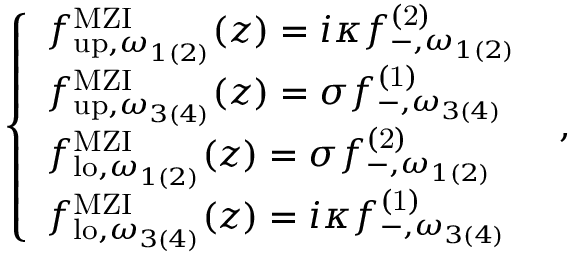
\begin{array} { r } { \left\{ \begin{array} { l l } { { f } _ { \mathrm { u p } , \omega _ { 1 ( 2 ) } } ^ { \mathrm { M Z I } } ( z ) = i \kappa { f } _ { - , \omega _ { 1 ( 2 ) } } ^ { \mathrm { ( 2 ) } } } \\ { { f } _ { \mathrm { u p } , \omega _ { 3 ( 4 ) } } ^ { \mathrm { M Z I } } ( z ) = \sigma { f } _ { - , \omega _ { 3 ( 4 ) } } ^ { \mathrm { ( 1 ) } } } \\ { { f } _ { \mathrm { l o } , \omega _ { 1 ( 2 ) } } ^ { \mathrm { M Z I } } ( z ) = \sigma { f } _ { - , \omega _ { 1 ( 2 ) } } ^ { \mathrm { ( 2 ) } } } \\ { { f } _ { \mathrm { l o } , \omega _ { 3 ( 4 ) } } ^ { \mathrm { M Z I } } ( z ) = i \kappa { f } _ { - , \omega _ { 3 ( 4 ) } } ^ { \mathrm { ( 1 ) } } } \end{array} \right. \ , } \end{array}